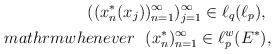
LaTeX: \begin{align*} ((x^*_{n}(x_{j}))_{n=1}^\infty)_{j=1}^\infty \in \ell_{q}(\ell_{p}),\ \\mathrm{whenever\ \ } (x^*_{n})_{n=1}^\infty \in \ell_p^w(E^{*}),\end{align*}